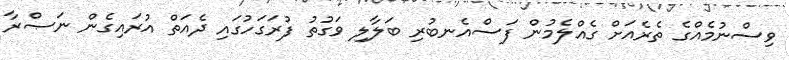
ވިސްނުމެއްގެ ތެރެއަށް ގެއްލެމުން ފަސްއެނބުރި ބަލާލި ވަގުތު ފުރަގަހުގައި ދެއަތް އުރައިގެން ނަޞްރާ